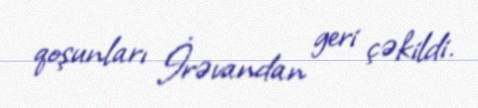
qoşunları İrəvandan geri çəkildi.